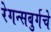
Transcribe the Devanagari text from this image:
रेगन्सबुर्गचे